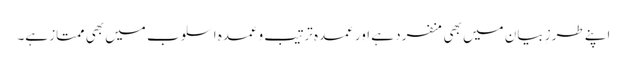
اپنے طرزِ بیان میں بھی منفرد ہے اور عمدہ ترتیب وعمدہ اسلوب میں بھی ممتاز ہے۔